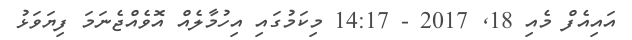
އައިއެފް މެއި 18